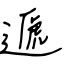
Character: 遞